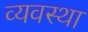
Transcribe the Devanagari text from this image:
व्यवस्था